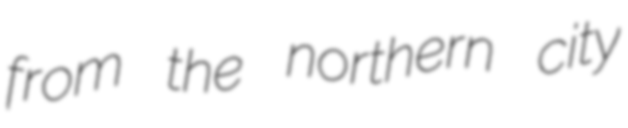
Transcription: from the northern city